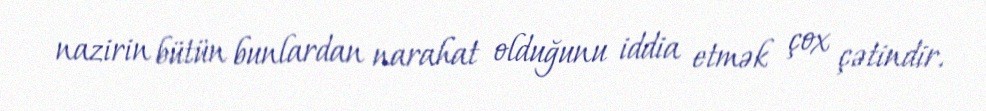
nazirin bütün bunlardan narahat olduğunu iddia etmək çox çətindir.